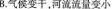
B.气候变干，河流流量变小